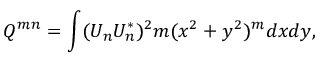
Q ^ { m n } = \int ( U _ { n } U _ { n } ^ { * } ) ^ { 2 } m ( x ^ { 2 } + y ^ { 2 } ) ^ { m } d x d y ,